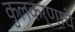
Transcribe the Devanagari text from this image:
कुलकर्णाचे